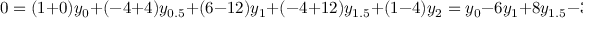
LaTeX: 0 = ( 1 + 0 ) y _ { 0 } + ( - 4 + 4 ) y _ { 0 . 5 } + ( 6 - 1 2 ) y _ { 1 } + ( - 4 + 1 2 ) y _ { 1 . 5 } + ( 1 - 4 ) y _ { 2 } = y _ { 0 } - 6 y _ { 1 } + 8 y _ { 1 . 5 } - 3 y _ { 2 }